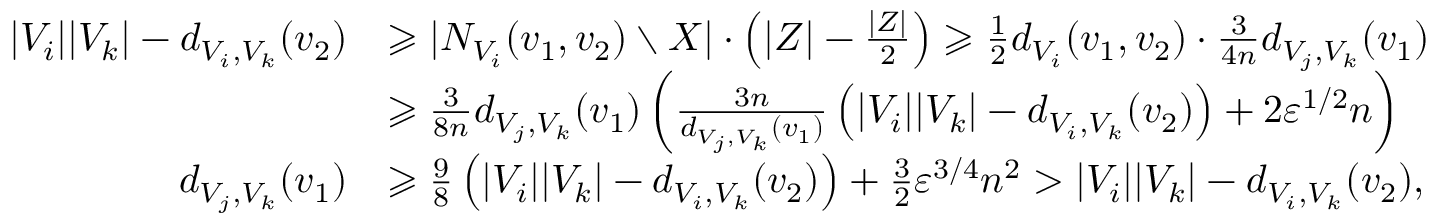
\begin{array} { r l } { | V _ { i } | | V _ { k } | - d _ { V _ { i } , V _ { k } } ( v _ { 2 } ) } & { \geqslant | N _ { V _ { i } } ( v _ { 1 } , v _ { 2 } ) \setminus X | \cdot \left( | Z | - \frac { | Z | } { 2 } \right) \geqslant \frac { 1 } { 2 } d _ { V _ { i } } ( v _ { 1 } , v _ { 2 } ) \cdot \frac { 3 } { 4 n } d _ { V _ { j } , V _ { k } } ( v _ { 1 } ) } \\ & { \geqslant \frac { 3 } { 8 n } d _ { V _ { j } , V _ { k } } ( v _ { 1 } ) \left( \frac { 3 n } { d _ { V _ { j } , V _ { k } } ( v _ { 1 } ) } \left( | V _ { i } | | V _ { k } | - d _ { V _ { i } , V _ { k } } ( v _ { 2 } ) \right) + 2 \varepsilon ^ { 1 / 2 } n \right) } \\ { d _ { V _ { j } , V _ { k } } ( v _ { 1 } ) } & { \geqslant \frac { 9 } { 8 } \left( | V _ { i } | | V _ { k } | - d _ { V _ { i } , V _ { k } } ( v _ { 2 } ) \right) + \frac { 3 } { 2 } \varepsilon ^ { 3 / 4 } n ^ { 2 } > | V _ { i } | | V _ { k } | - d _ { V _ { i } , V _ { k } } ( v _ { 2 } ) , } \end{array}